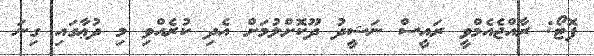
ފޮޓޯ: ރާއްޖެއެމްވީ ރައީސް ނަޝީދު ދޫކޮށްލުމަށް އެދި ކުރެއްވި މި ދުޢާގައި ގިނަ